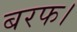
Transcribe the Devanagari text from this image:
बरफ।